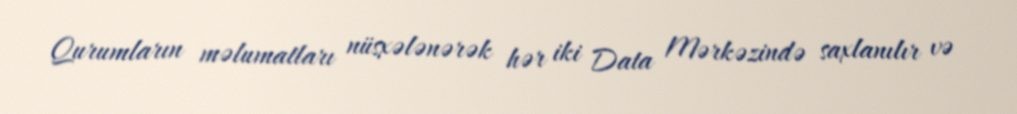
Qurumların məlumatları nüsxələnərək hər iki Data Mərkəzində saxlanılır və